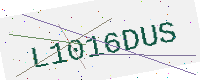
Text: L1016DUS